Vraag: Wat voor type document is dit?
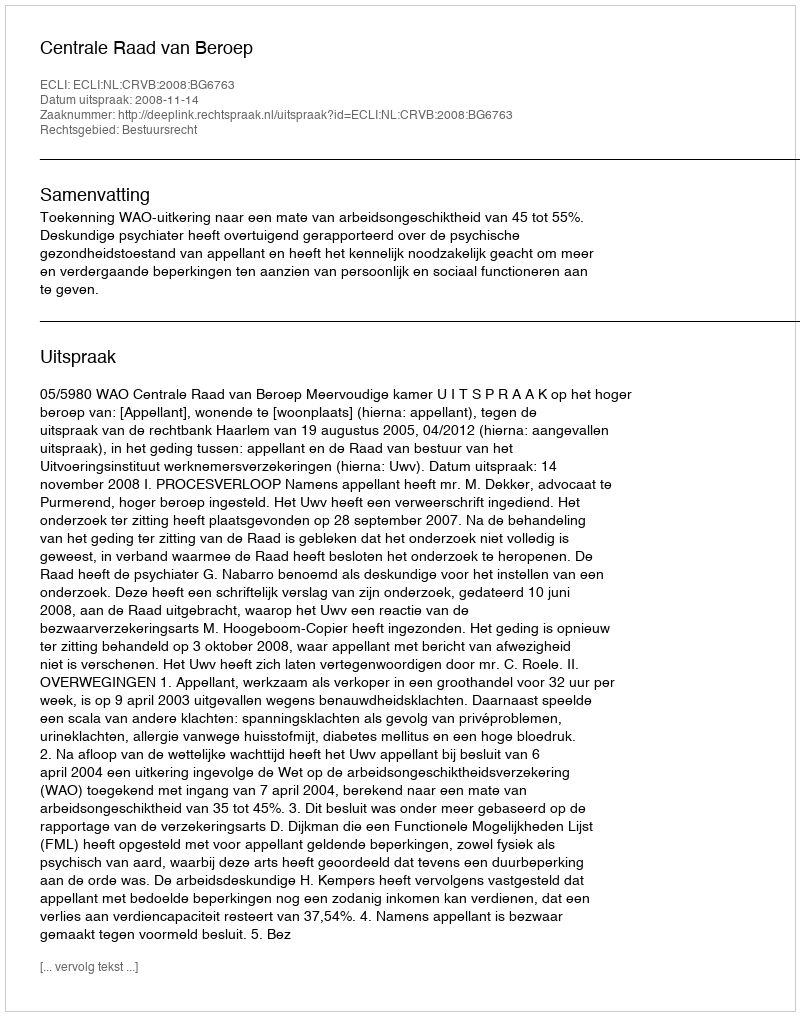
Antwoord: Uitspraak